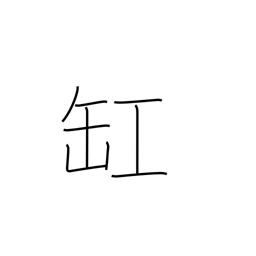
Meaning: urn